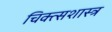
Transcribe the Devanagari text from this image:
चिक्त्सशास्त्र